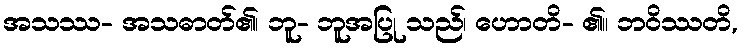
အသဿ- အသဓာတ်၏၊ ဘူ- ဘူအပြု သည်၊ ဟောတိ- ၏။ ဘဝိဿတိ,